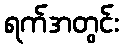
ရက်အတွင်း